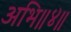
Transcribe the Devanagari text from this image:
अभि॥४॥